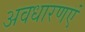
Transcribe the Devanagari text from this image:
अवधारणएं